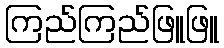
ကြည်ကြည်ဖြူဖြူ